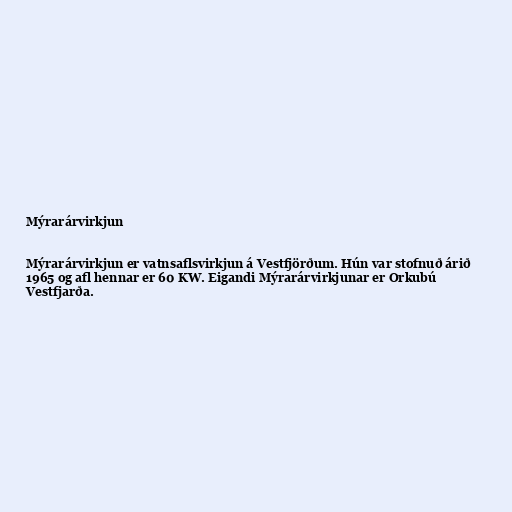
Mýrarárvirkjun

Mýrarárvirkjun er vatnsaflsvirkjun á Vestfjörðum. Hún var stofnuð árið
1965 og afl hennar er 60 KW. Eigandi Mýrarárvirkjunar er Orkubú
Vestfjarða.